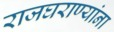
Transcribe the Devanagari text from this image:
राजघराण्यांना